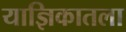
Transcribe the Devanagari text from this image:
याज्ञिकातला